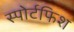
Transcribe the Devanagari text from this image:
स्पोर्टफिश